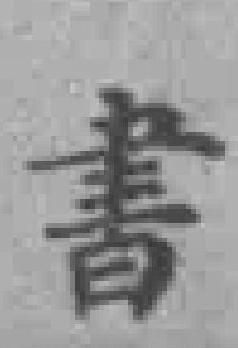
書